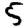
Digit: 5